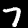
Digit: 7